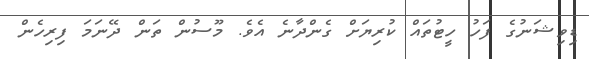
ޑިވިޝަނުގެ ފަހު ހީޓުތައް ކުރިޔަށް ގެންދާނެ އެވެ. މޫސުން ތަން ދޭނަމަ ފިރިހެން